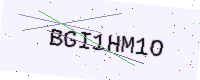
Text: BGI1HM1O